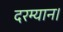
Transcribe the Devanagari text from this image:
दरम्यान।